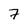
Character: 7